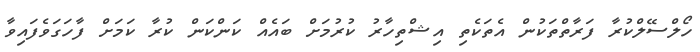
ހޯލްސޭލްކުރާ ފަރާތްތަކުން އެތަކެތި އިޝްތިހާރު ކުރުމަށް ބައެއް ކަންކަން ކުރާ ކަމަށް ފާހަގަވެފައިވާ